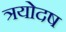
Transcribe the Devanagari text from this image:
त्रयोदष